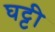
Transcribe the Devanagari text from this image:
घट्टी